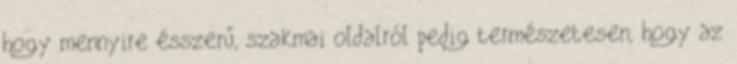
hogy mennyire ésszerű, szakmai oldalról pedig természetesen, hogy az